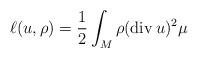
LaTeX: \begin{gather*}\ell(u,\rho)=\frac12\int_M\rho(\operatorname{div} u)^2\mu\end{gather*}